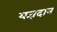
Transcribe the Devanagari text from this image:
यज्ञदान